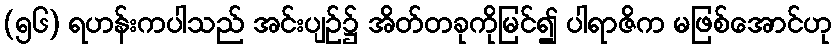
(၅၆) ရဟန်းကပါသည် အင်းပျဉ်၌ အိတ်တခုကိုမြင်၍ ပါရာဇိက မဖြစ်အောင်ဟု